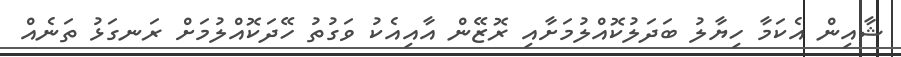
ޝާއިން އެކަމާ ހިޔާލު ބަދަލުކޮއްލުމަށާއި ރޮޒޭން އާއިއެކު ވަގުތު ހޭދަކޮއްލުމަށް ރަނގަޅު ތަނެއް